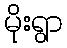
မိုးရွာ